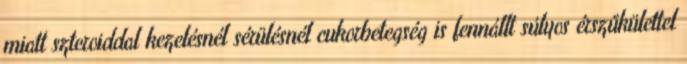
miatt szteroiddal kezelésnél sérülésnél cukorbetegség is fennállt súlyos érszűkülettel